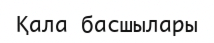
Қала басшылары